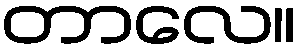
တာလေ။